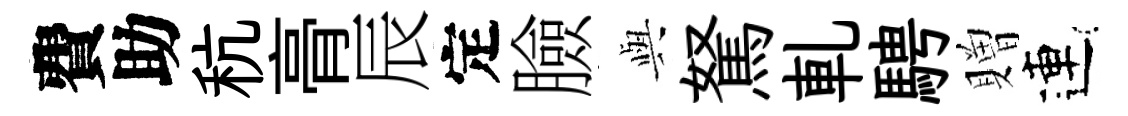
費助秔𮌔辰定臉𫤰駑軋騁贈連